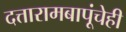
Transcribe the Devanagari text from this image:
दत्तारामबापूंचेही